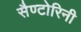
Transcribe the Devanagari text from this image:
सैण्टोरिनी